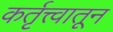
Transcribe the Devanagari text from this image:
कर्तृत्त्वातून